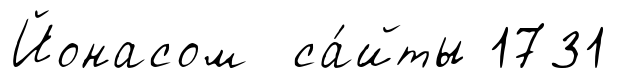
Йонасом са́йты 1731